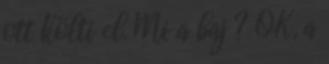
ott költi el. Mi a baj ? OK, a